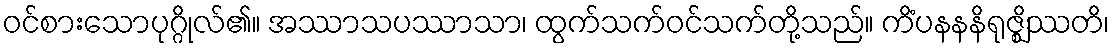
ဝင်စားသောပုဂ္ဂိုလ်၏။ အဿာသပဿာသာ၊ ထွက်သက်ဝင်သက်တို့သည်။ ကိံပနနနိရုဇ္ဈိဿတိ၊